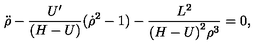
{ \ddot { \rho } } - { \frac { U ^ { \prime } } { ( H - U ) } } ( { \dot { \rho } } ^ { 2 } - 1 ) - { \frac { L ^ { 2 } } { { ( H - U ) } ^ { 2 } \rho ^ { 3 } } } = 0 ,